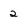
Character: 2